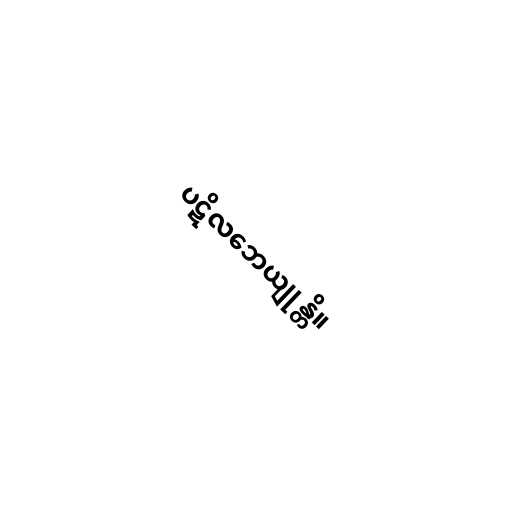
ပဋိလဘေယျုန္တိ။